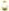
0